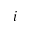
i